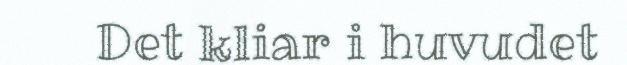
Det kliar i huvudet